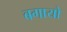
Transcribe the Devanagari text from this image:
बगायो